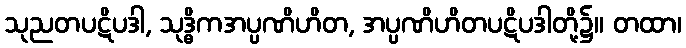
သုညတပဋိပဒါ, သုဒ္ဓိကအပ္ပဏိဟိတ, အပ္ပဏိဟိတပဋိပဒါတို့၌။ တထာ၊